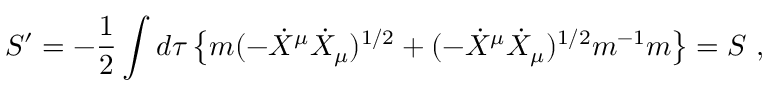
S ^ { \prime } = - { \frac { 1 } { 2 } } \int d \tau \left\{ m ( - { \dot { X } } ^ { \mu } { \dot { X } } _ { \mu } ) ^ { 1 / 2 } + ( - { \dot { X } } ^ { \mu } { \dot { X } } _ { \mu } ) ^ { 1 / 2 } m ^ { - 1 } m \right\} = S \ ,